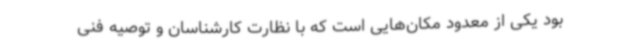
بود یکی از معدود مکان‌هایی است که با نظارت کارشناسان و توصیه فنی